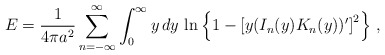
\begin{align*}E=\frac{1}{4\pi a^2}\sum_{n=-\infty}^{\infty}\int_0^\infty y\, dy \, \ln \left \{1-\left [ y(I_n(y)K_n(y))'\right ]^2\right\}\,,\end{align*}